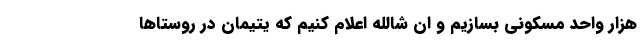
هزار واحد مسکونی بسازیم و ان شالله اعلام کنیم که یتیمان در روستاها